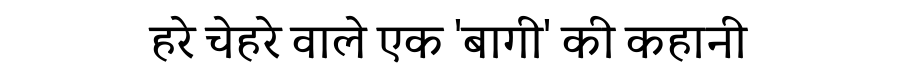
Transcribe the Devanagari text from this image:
हरे चेहरे वाले एक 'बागी' की कहानी